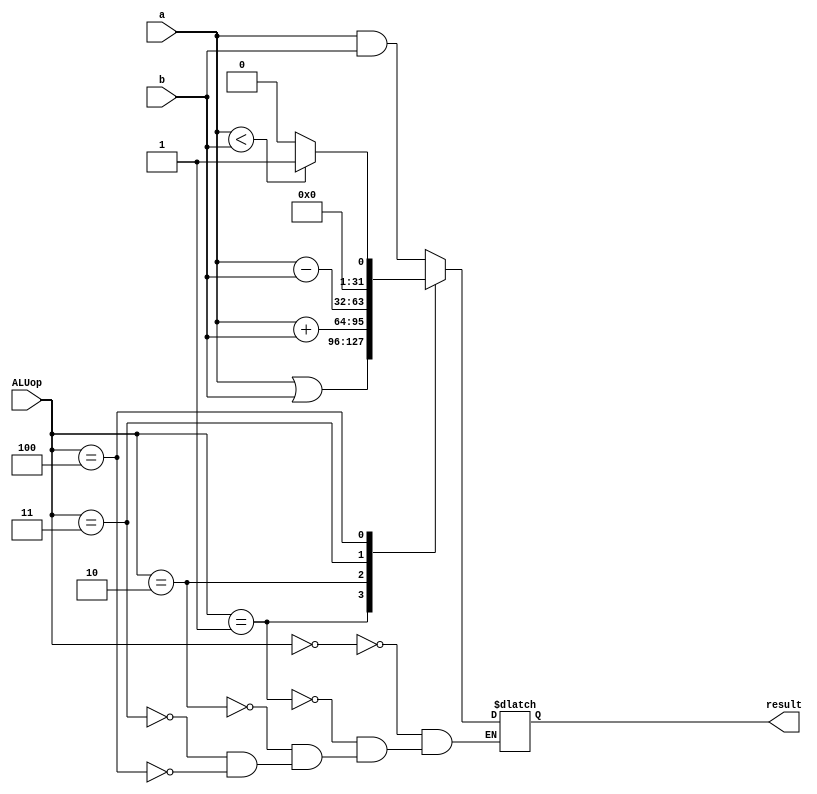
`timescale 1ns/1ns
module ALU (result, a, b, ALUop);
  
  output reg [31:0] result;
  input signed [31:0] a, b;
  input [2:0] ALUop;
  
  always@(a, b, ALUop)begin
    case(ALUop)
      3'd0: result = a & b;
      3'd1: result = a | b;
      3'd2: result = a + b;
      3'd3: result = a - b;
      3'd4: begin
              if(a < b) result = 32'd1;
              else result = 32'd0;
           end
    endcase
  end
  
endmodule